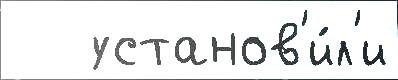
   установ'и́л'и